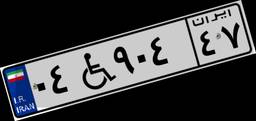
۰۴W۹۰۴۴۷